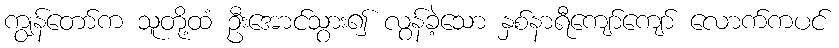
ကျွန်တော်က သူတို့ထံ ဦးအောင်သွား၍ လွန်ခဲ့သော နှစ်နာရီကျော်ကျော် လောက်ကပင်